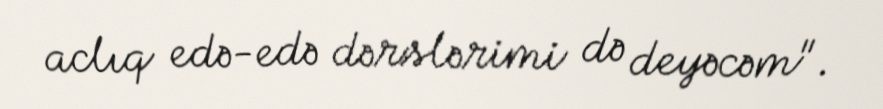
aclıq edə-edə dərslərimi də deyəcəm".